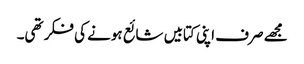
مجھے صرف اپنی کتابیں شائع ہونے کی فکر تھی۔